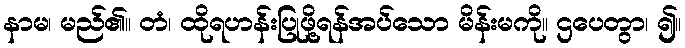
နာမ၊ မည်၏။ တံ၊ ထိုရဟန်းပြုဖို့ရန်အပ်သော မိန်းမကို။ ဌပေတွာ၊ ၍။